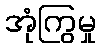
အုံကြွမှု